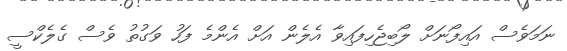
ނަމަވެސް އައިފޯނަށް ލޯބިޖެހިފައިވާ އެލެން އަށް އެންމެ ފަހު ވަގުތު ވެސް ގެލެކްސީ